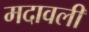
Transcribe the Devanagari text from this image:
मदावली